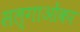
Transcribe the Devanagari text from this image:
सल्गाओंकर